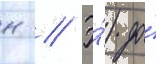
н // Э́) до́